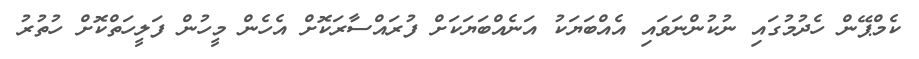
ކެމްޕޭން ހެދުމުގައި ނުކުންނަވައި އެއްބަޔަކު އަނެއްބަޔަކަށް ފުރައްސާރަކޮށް އެހެން މީހުން ފަލީހަތްކޮށް ހުތުރު